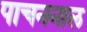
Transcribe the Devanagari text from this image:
पाचननाल